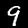
Digit: 9